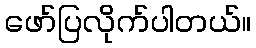
ဖော်ပြလိုက်ပါတယ်။